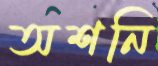
অশনি